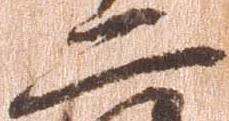
二